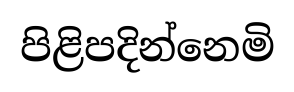
පිළිපදින්නෙමි